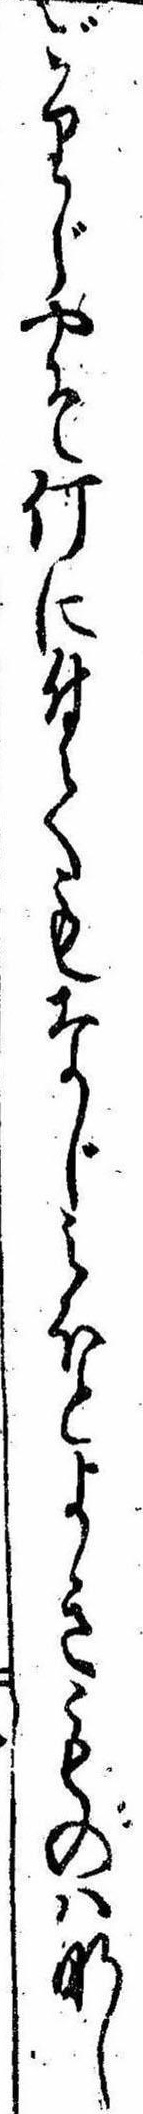
ごりじやそ何に付てもなじみほとよきものはなし